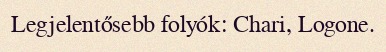
Legjelentősebb folyók: Chari, Logone.